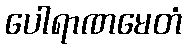
ပေါရာဏမေတံ